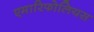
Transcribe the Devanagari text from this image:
एमारिफोलियस